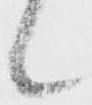
候